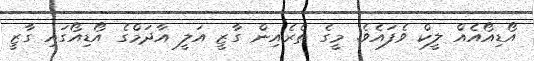
އޯޑިއޯއެއް ލީކް ވެފައެވެ. މީގެ ތެރެއިން ގާޒީ އަލީ އާދަމްގެ އޯޑިއޯގައި ގާޒީ